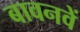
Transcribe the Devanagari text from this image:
बावनवें